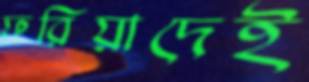
ফরিয়াদেই